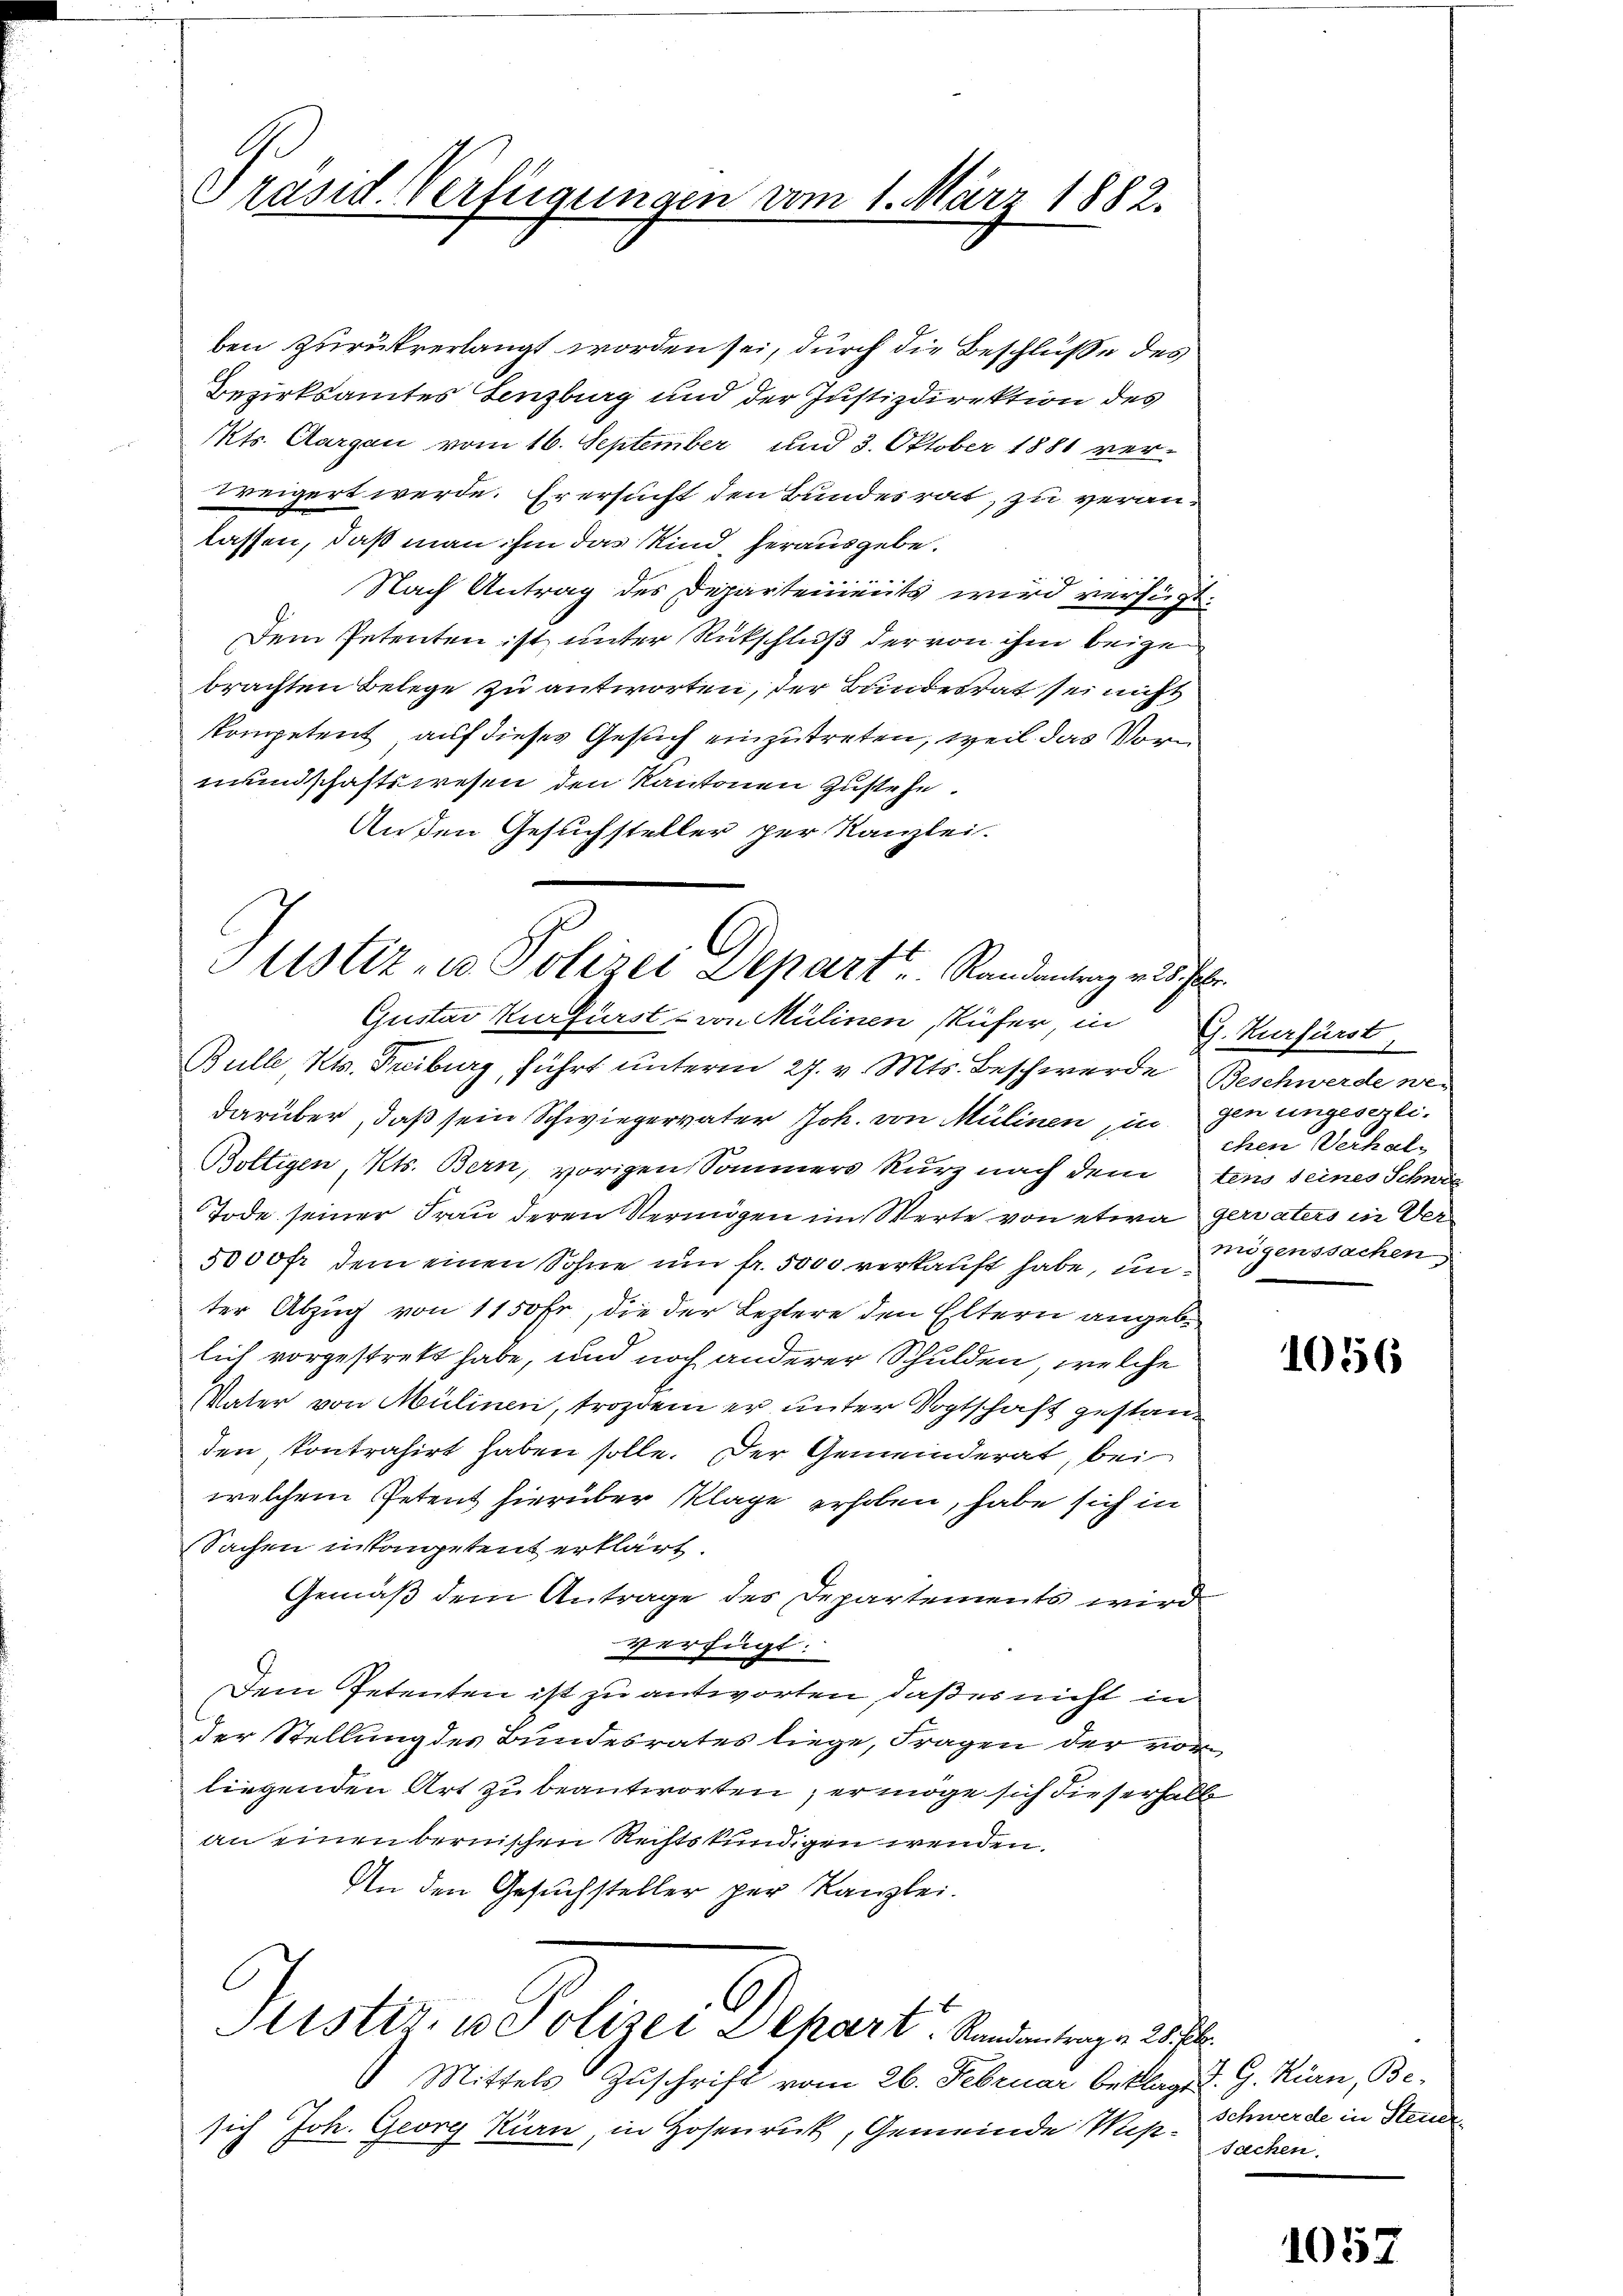
Präsid. Verfügungen vom 1. März 1882.

ben zurückverlangt worden sei, durch die Beschluße des
Bezirksamtes Lenzburg und der Justizdirektion des
Mts. Aargau vom 16. September und 3. Oktober 1881 ver-
weigert werde. Er ersucht den Bundesrat, zu veranlassen, daß man ihm das Kind, herausgebe.
Nach Antrag des Departements wird verfügt.
Dem Petenten ist unter Rückschluß der von ihm beigebrachten Belege zu antworten, der Bundesrat sei nicht
kompetent auf dieses Gesuch einzutreten, weil das Vorn
mundschaftswesen den Kantonen Zustehe.
An den Gesuchsteller per Kanzlei.

Justiz- u. Polizei Separt, Randantrag v. 25. Febr.
Gustav Kurfürst von Mülinen Rüfer, in

Sistir, u. Polizei Depart. Randantrage 28. fl.

Mittels Zuschrift vom 26. Februar beklagt d. G. Kien, Besich Joh. Georg Kian, in Hosenrück, Gemeinde Miß-Schwerde in Stende

Bulle, Kts. Freiburg, führt unterm 27. v. Mts. Beschwerde Beschwerde wedarüber, daß sein Schwiegervater Joh. von Mülinen in gen ungesezli¬
Boltigen, Kts. Bern, vorigen Sommers kurz nach dem tens seines Schwei
Tode seiner Frau deren Vermögen im Werte von etwa geriaters in Ver¬
5000 fr dem einen Sohne um fr. 5000 verkauft habe, unter Abzug von 1150 Fr., die der Leztere den Eltern angebe
lich vorgestrett habe, und noch anderer Schulden, welche
Vater von Mülinen, trozdem er unter Vogtschaft gestanden kontrahirt haben solle. Der Gemeinderat, bei
welchem Petent hierüber Klage erhoben, habe sich in
Sachen inkompetent erklärt
Gemäß dem Antrage des Departements wird
verfügt:
Dem Petenten ist zu antworten, daß es nicht in
der Stellung des Bundesrates liege, Fragen der vor
liegenden Art zu beantworten, er möge sich dieserhalb
an einen bernischen Rechtskundigen wenden.
An den Gesuchsteller per Kanzlei.

G. Kurfürst,
chen Verhalmögenssachen,

1056

Sachen.

1052